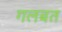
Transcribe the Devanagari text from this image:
गलबत